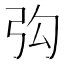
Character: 𮱴